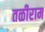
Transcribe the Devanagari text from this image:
तळीराम